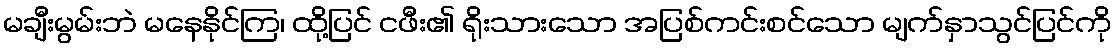
မချီးမွမ်းဘဲ မနေနိုင်ကြ၊ ထို့ပြင် ငဖီး၏ ရိုးသားသော အပြစ်ကင်းစင်သော မျက်နှာသွင်ပြင်ကို